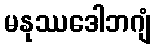
မနုဿဒေါဘဂျံ